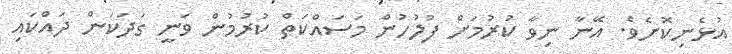
އުޅެނިކޮށެވެ. އޭނާ ނިވާ ކުރުމަށް ފުލުހުން މަސައްކަތް ކުރުމުން ވަނީ ގަދަކަން ދައްކައި